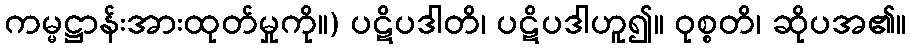
ကမ္မဋ္ဌာန်းအားထုတ်မှုကို။) ပဋိပဒါတိ၊ ပဋိပဒါဟူ၍။ ဝုစ္စတိ၊ ဆိုပအ၏။